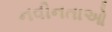
નવીનતાઓ